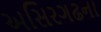
અસિરગઢના